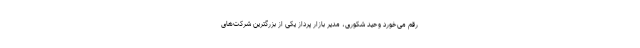
رقم می‌خورد وحید شکوری، مدیر بازار پرداز یکی از بزرگترین شرکت‌های